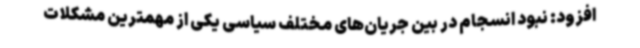
افزود: نبود انسجام در بین جریان‌های مختلف سیاسی یکی از مهمترین مشکلات